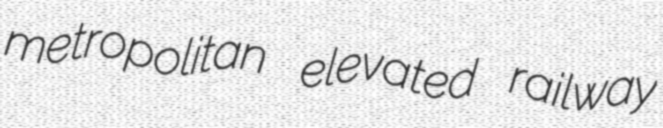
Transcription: metropolitan elevated railway